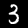
Label: 3